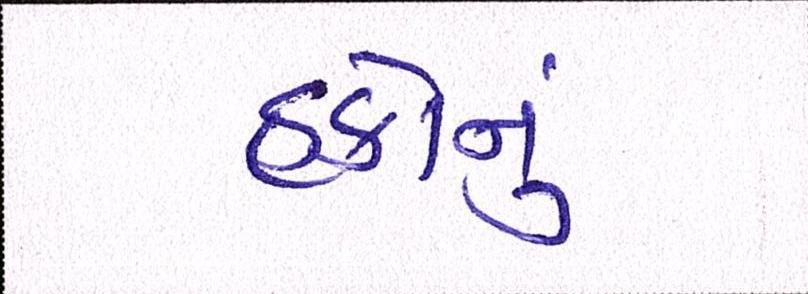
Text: હકોનું